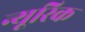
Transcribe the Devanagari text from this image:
न्यूरिक